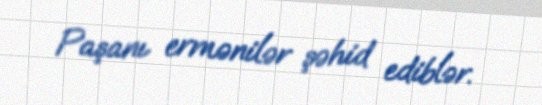
Paşanı ermənilər şəhid ediblər.